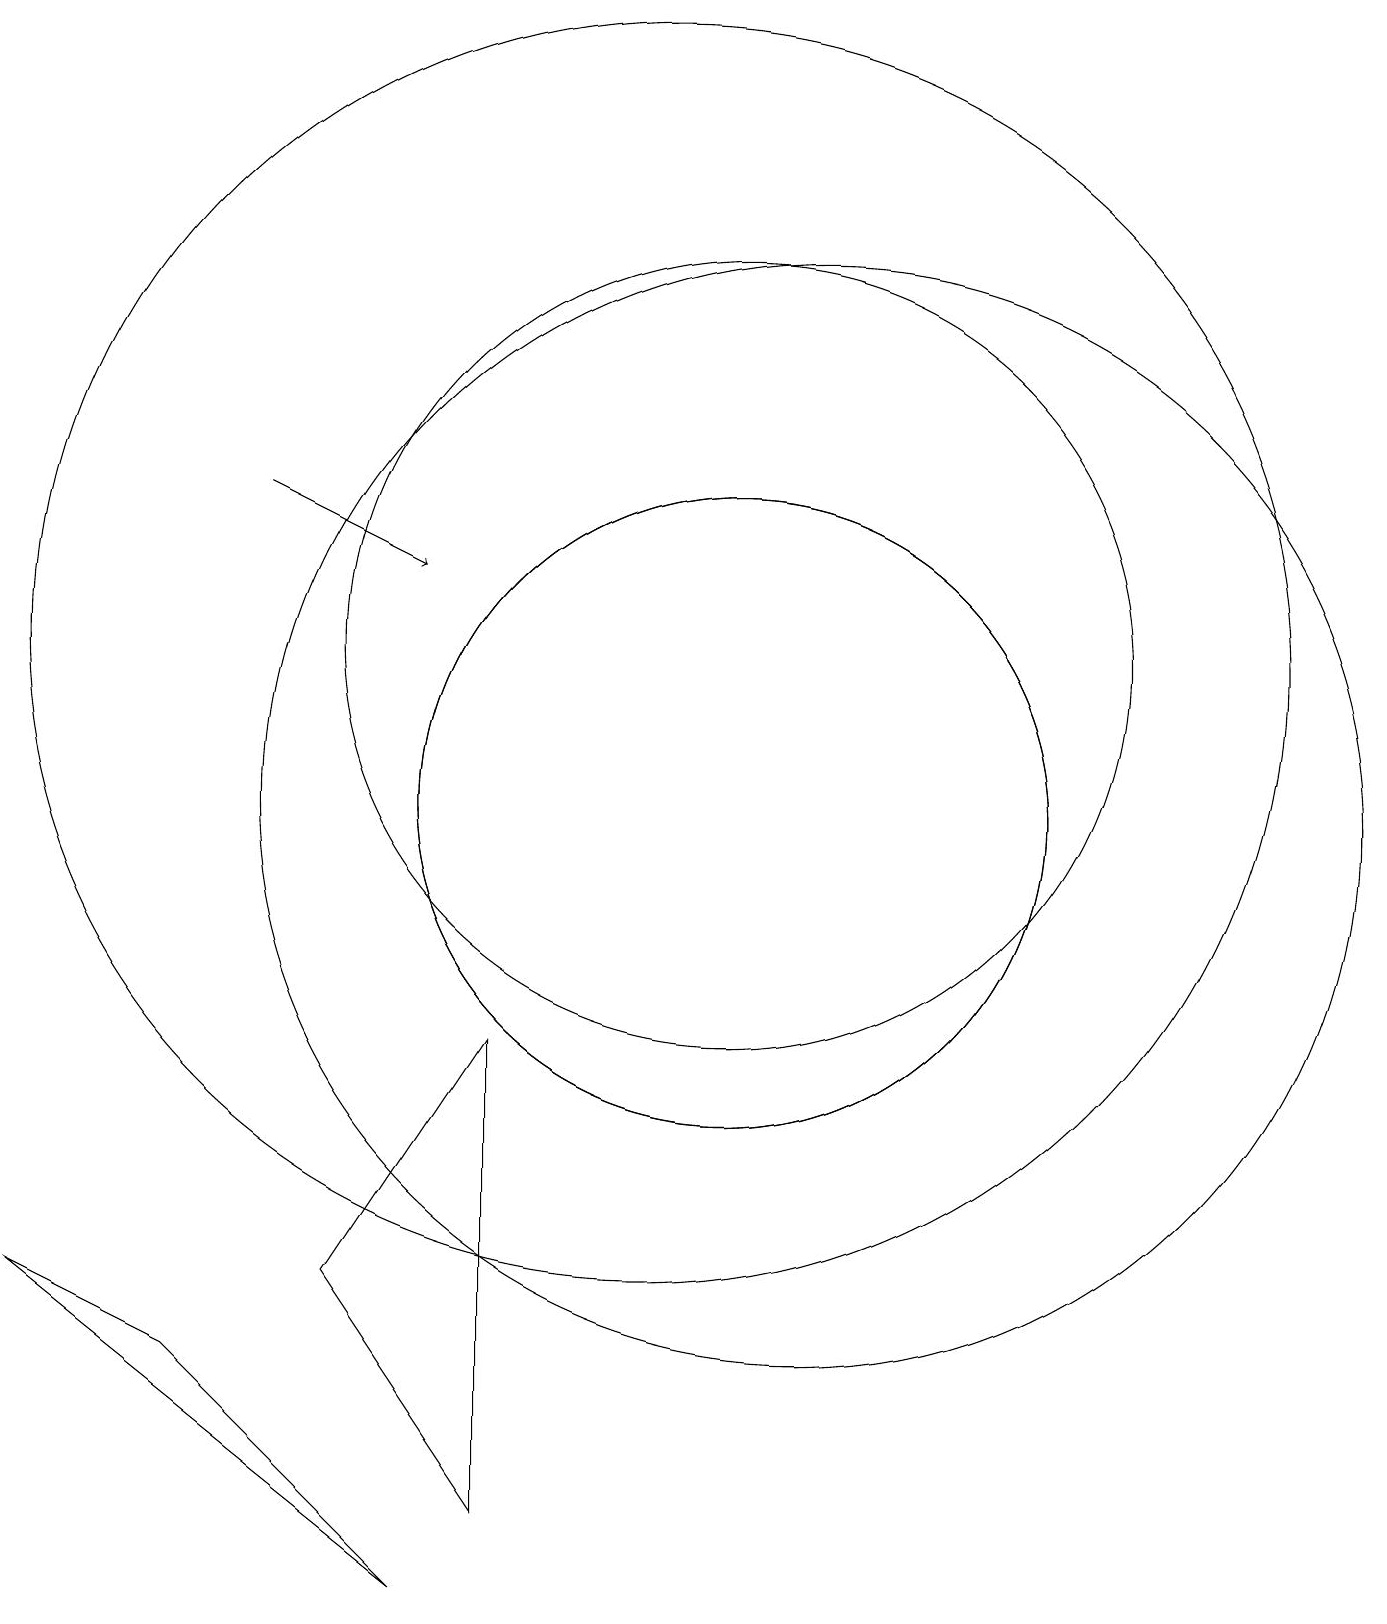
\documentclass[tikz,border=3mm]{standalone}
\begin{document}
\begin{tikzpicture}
\draw (12,10) circle (7);
\draw (8,7) -- (6,4) -- (8,1) -- cycle;
\draw (2,4) -- (4,3) -- (7,0) -- cycle;
\draw (10,12) circle (8);
\draw (11,10) circle (4);
\draw (11,12) circle (5);
\draw (11,10) circle (4);
\draw[->] (5,14) -- (7,13);
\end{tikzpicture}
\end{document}